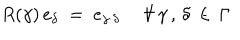
R ( \gamma ) \, e _ { \delta } ~ = ~ e _ { \gamma \cdot \delta } ~ ~ \forall \, \gamma \, , \, \delta \, \in \, \Gamma